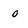
Character: 0